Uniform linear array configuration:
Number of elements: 4
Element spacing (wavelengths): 0.75
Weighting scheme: hann
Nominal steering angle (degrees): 15
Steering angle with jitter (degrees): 13.312
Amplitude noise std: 0.05
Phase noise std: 0.05

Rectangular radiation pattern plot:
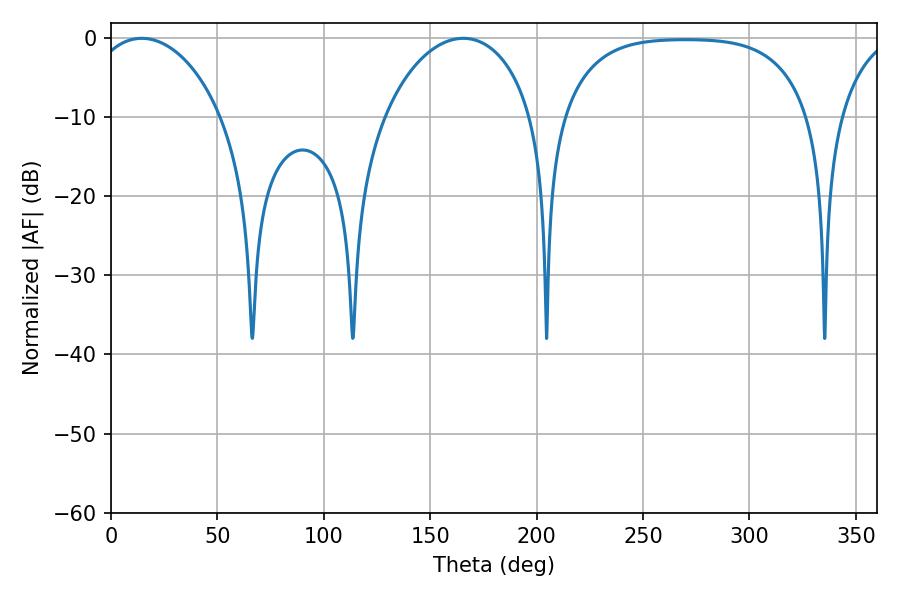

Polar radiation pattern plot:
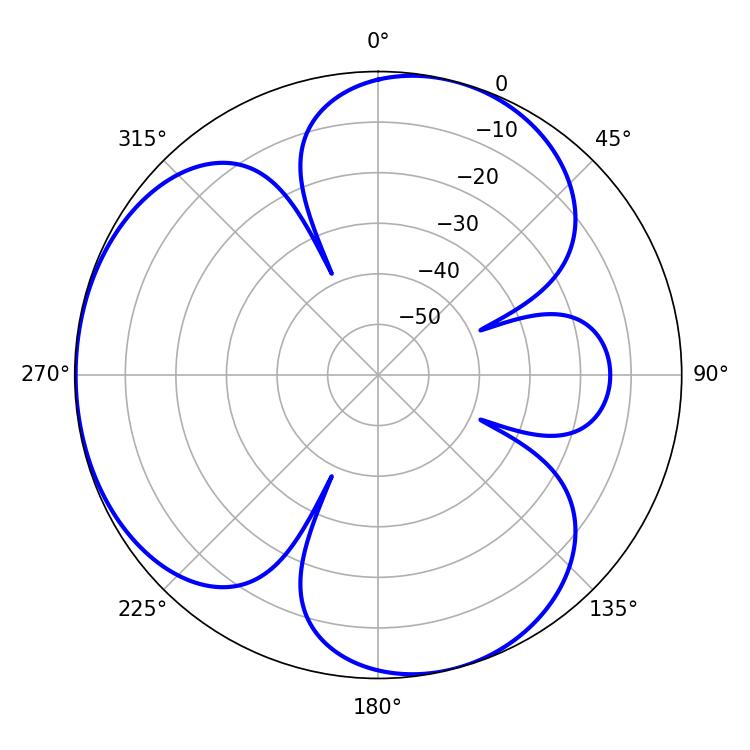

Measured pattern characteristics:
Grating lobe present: TRUE
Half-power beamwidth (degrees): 35.64
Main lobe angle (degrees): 14.4